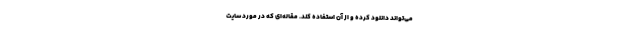
می‌تواند دانلود کرده و از آن استفاده کند. مقاله‌ای که در مورد سایت